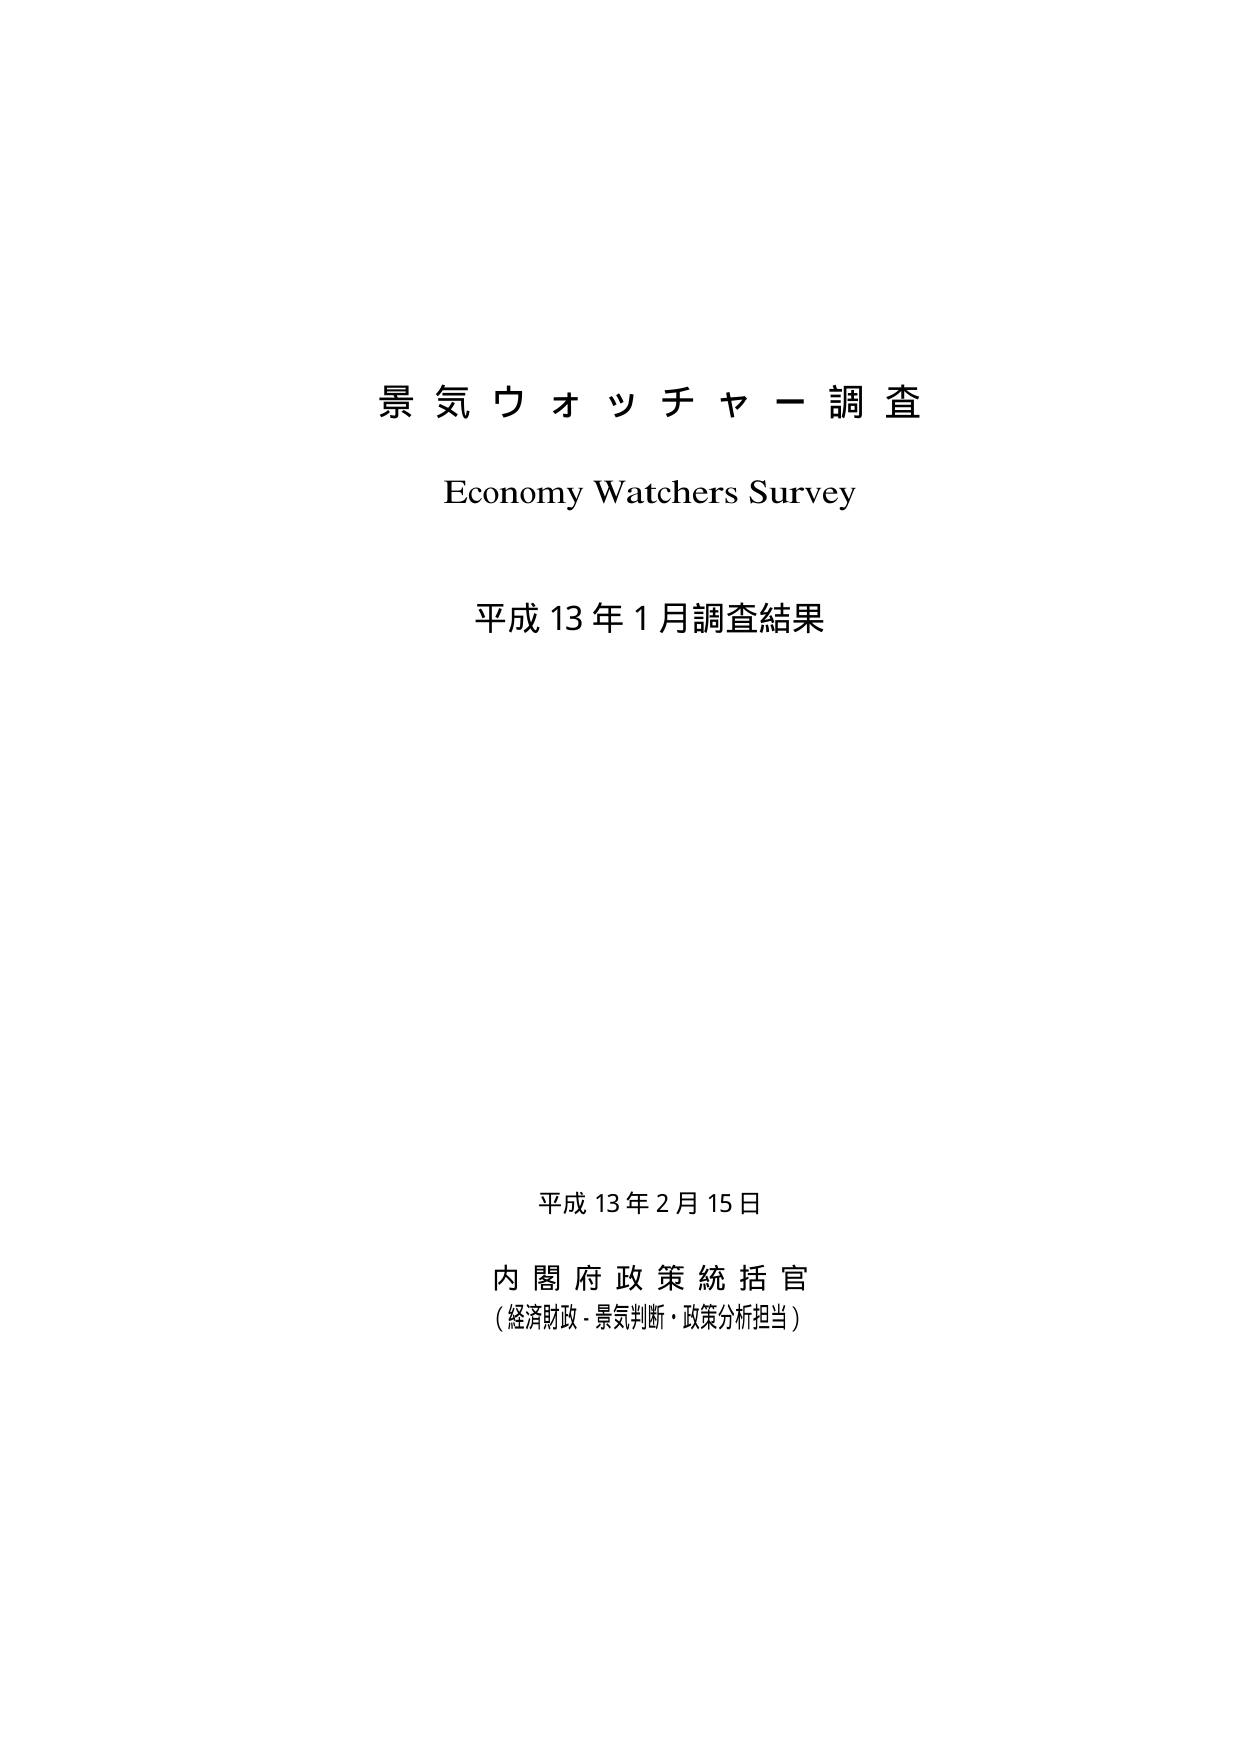
景気ウォッチャー調査
Economy Watchers Survey
平成13年1月調査結果

平成13年2月15日
内閣府政策統括官
（経済財政・景気判断・政策分析担当）